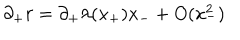
\partial _ { + } r = \partial _ { + } \lambda ( x _ { + } ) x _ { - } + O ( x _ { - } ^ { 2 } )